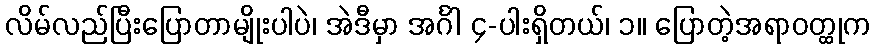
လိမ်လည်ပြီးပြောတာမျိုးပါပဲ၊ အဲဒီမှာ အင်္ဂါ ၄-ပါးရှိတယ်၊ ၁။ ပြောတဲ့အရာဝတ္ထုက